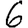
Digit: 6